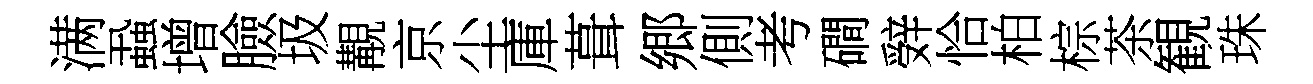
满蝨增臉圾覯京尘庫葺郷側考磵辤恰柏棕茶観珠